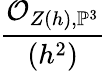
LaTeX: \frac{{\mathcal{O}}_{Z(h),\mathbb{P}^{3}}}{(h^{2})}